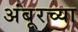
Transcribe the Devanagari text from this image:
अंबूरच्या